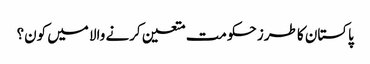
پاکستان کا طرز حکومت متعین کرنے والا میں کون؟